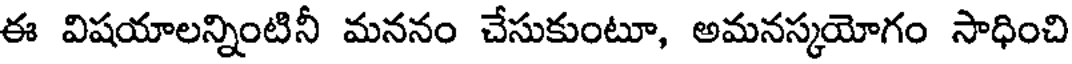
ఈ విషయాలన్నింటినీ మననం చేసుకుంటూ, అమనస్కయోగం సాధించి